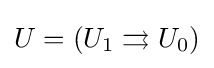
U=(U_{1}\rightrightarrows U_{0})